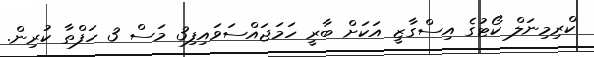
ކްރިމިނަލް ކޯޓުގެ އިސްގާޒީ އަކަށް ބާރީ ހަމަޖައްސަވައިފި3 މަސް 3 ހަފްތާ ކުރިން.